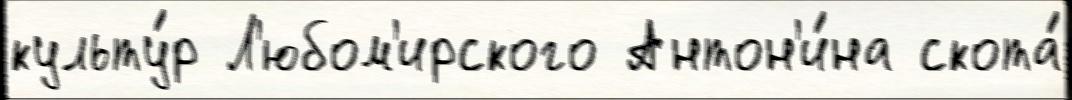
культу́р Л'юбом'ирского Антон'и́на скота́